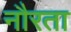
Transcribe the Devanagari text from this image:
नौरता